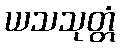
ယသသုတ္တံ